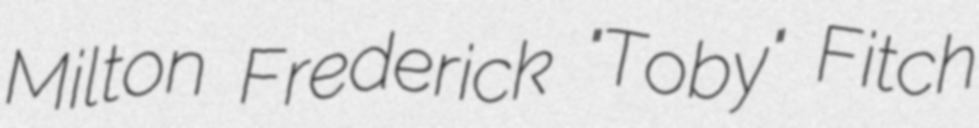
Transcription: Milton Frederick "Toby" Fitch